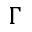
\Gamma